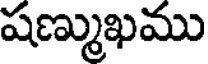
షణ్ముఖము